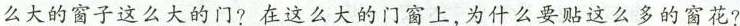
么大的窗子这么大的门?在这么大的门窗上，为什么要贴这么多的窗花?